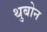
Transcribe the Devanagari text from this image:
थुबोन